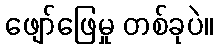
ဖျော်ဖြေမှု တစ်ခုပဲ။